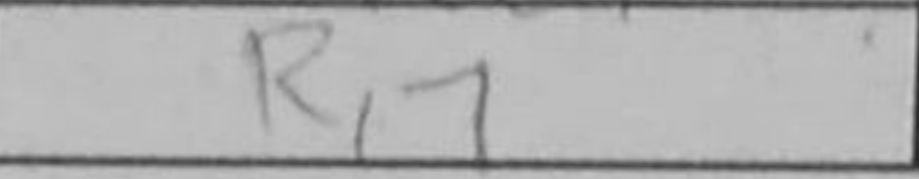
Transcription: Rc7